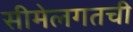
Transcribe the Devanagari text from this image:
सीमेलगतची